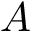
A